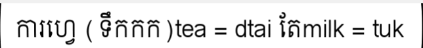
ការហ្វេ (ទឹកកក)tea = dtai តែmilk = tuk